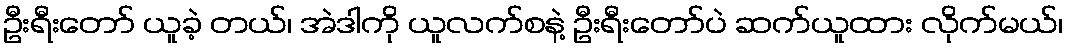
ဦးရီးတော် ယူခဲ့ တယ်၊ အဲဒါကို ယူလက်စနဲ့ ဦးရီးတော်ပဲ ဆက်ယူထား လိုက်မယ်၊